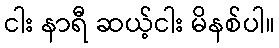
ငါး နာရီ ဆယ့်ငါး မိနစ်ပါ။